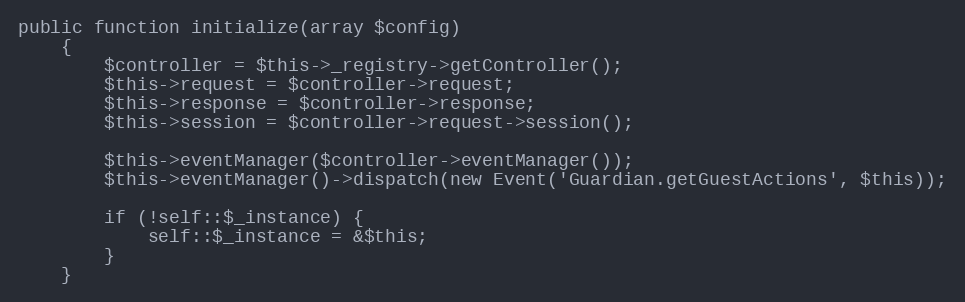
Language: PHP
public function initialize(array $config)
    {
        $controller = $this->_registry->getController();
        $this->request = $controller->request;
        $this->response = $controller->response;
        $this->session = $controller->request->session();

        $this->eventManager($controller->eventManager());
        $this->eventManager()->dispatch(new Event('Guardian.getGuestActions', $this));

        if (!self::$_instance) {
            self::$_instance = &$this;
        }
    }